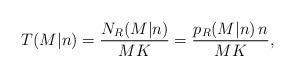
LaTeX: \begin{align*}T( M | n ) & = \frac{N_{R} (M | n ) } { M K }= \frac{p_{R} (M | n ) \, n } { M K },\end{align*}